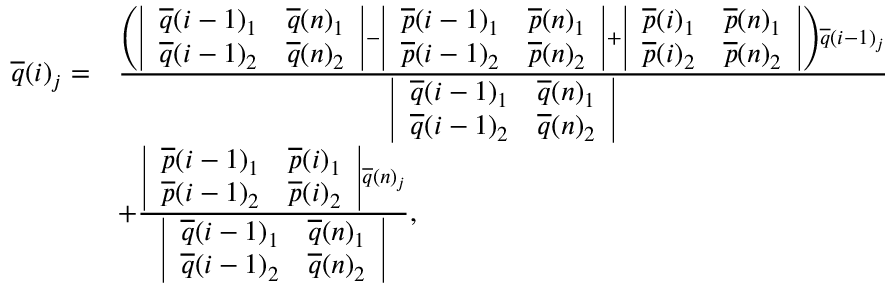
\begin{array} { r l } { \overline { { q } } ( i ) _ { j } = } & { \frac { \left( \left| \begin{array} { l l } { \overline { { q } } ( i - 1 ) _ { 1 } } & { \overline { { q } } ( n ) _ { 1 } } \\ { \overline { { q } } ( i - 1 ) _ { 2 } } & { \overline { { q } } ( n ) _ { 2 } } \end{array} \right| - \left| \begin{array} { l l } { \overline { { p } } ( i - 1 ) _ { 1 } } & { \overline { { p } } ( n ) _ { 1 } } \\ { \overline { { p } } ( i - 1 ) _ { 2 } } & { \overline { { p } } ( n ) _ { 2 } } \end{array} \right| + \left| \begin{array} { l l } { \overline { { p } } ( i ) _ { 1 } } & { \overline { { p } } ( n ) _ { 1 } } \\ { \overline { { p } } ( i ) _ { 2 } } & { \overline { { p } } ( n ) _ { 2 } } \end{array} \right| \right) \overline { { q } } ( i - 1 ) _ { j } } { \left| \begin{array} { l l } { \overline { { q } } ( i - 1 ) _ { 1 } } & { \overline { { q } } ( n ) _ { 1 } } \\ { \overline { { q } } ( i - 1 ) _ { 2 } } & { \overline { { q } } ( n ) _ { 2 } } \end{array} \right| } } \\ & { + \frac { \left| \begin{array} { l l } { \overline { { p } } ( i - 1 ) _ { 1 } } & { \overline { { p } } ( i ) _ { 1 } } \\ { \overline { { p } } ( i - 1 ) _ { 2 } } & { \overline { { p } } ( i ) _ { 2 } } \end{array} \right| \overline { { q } } ( n ) _ { j } } { \left| \begin{array} { l l } { \overline { { q } } ( i - 1 ) _ { 1 } } & { \overline { { q } } ( n ) _ { 1 } } \\ { \overline { { q } } ( i - 1 ) _ { 2 } } & { \overline { { q } } ( n ) _ { 2 } } \end{array} \right| } , } \end{array}